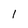
Character: l